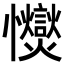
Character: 𢥥